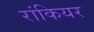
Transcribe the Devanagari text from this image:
रांकियर